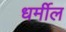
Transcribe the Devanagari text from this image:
धर्मील